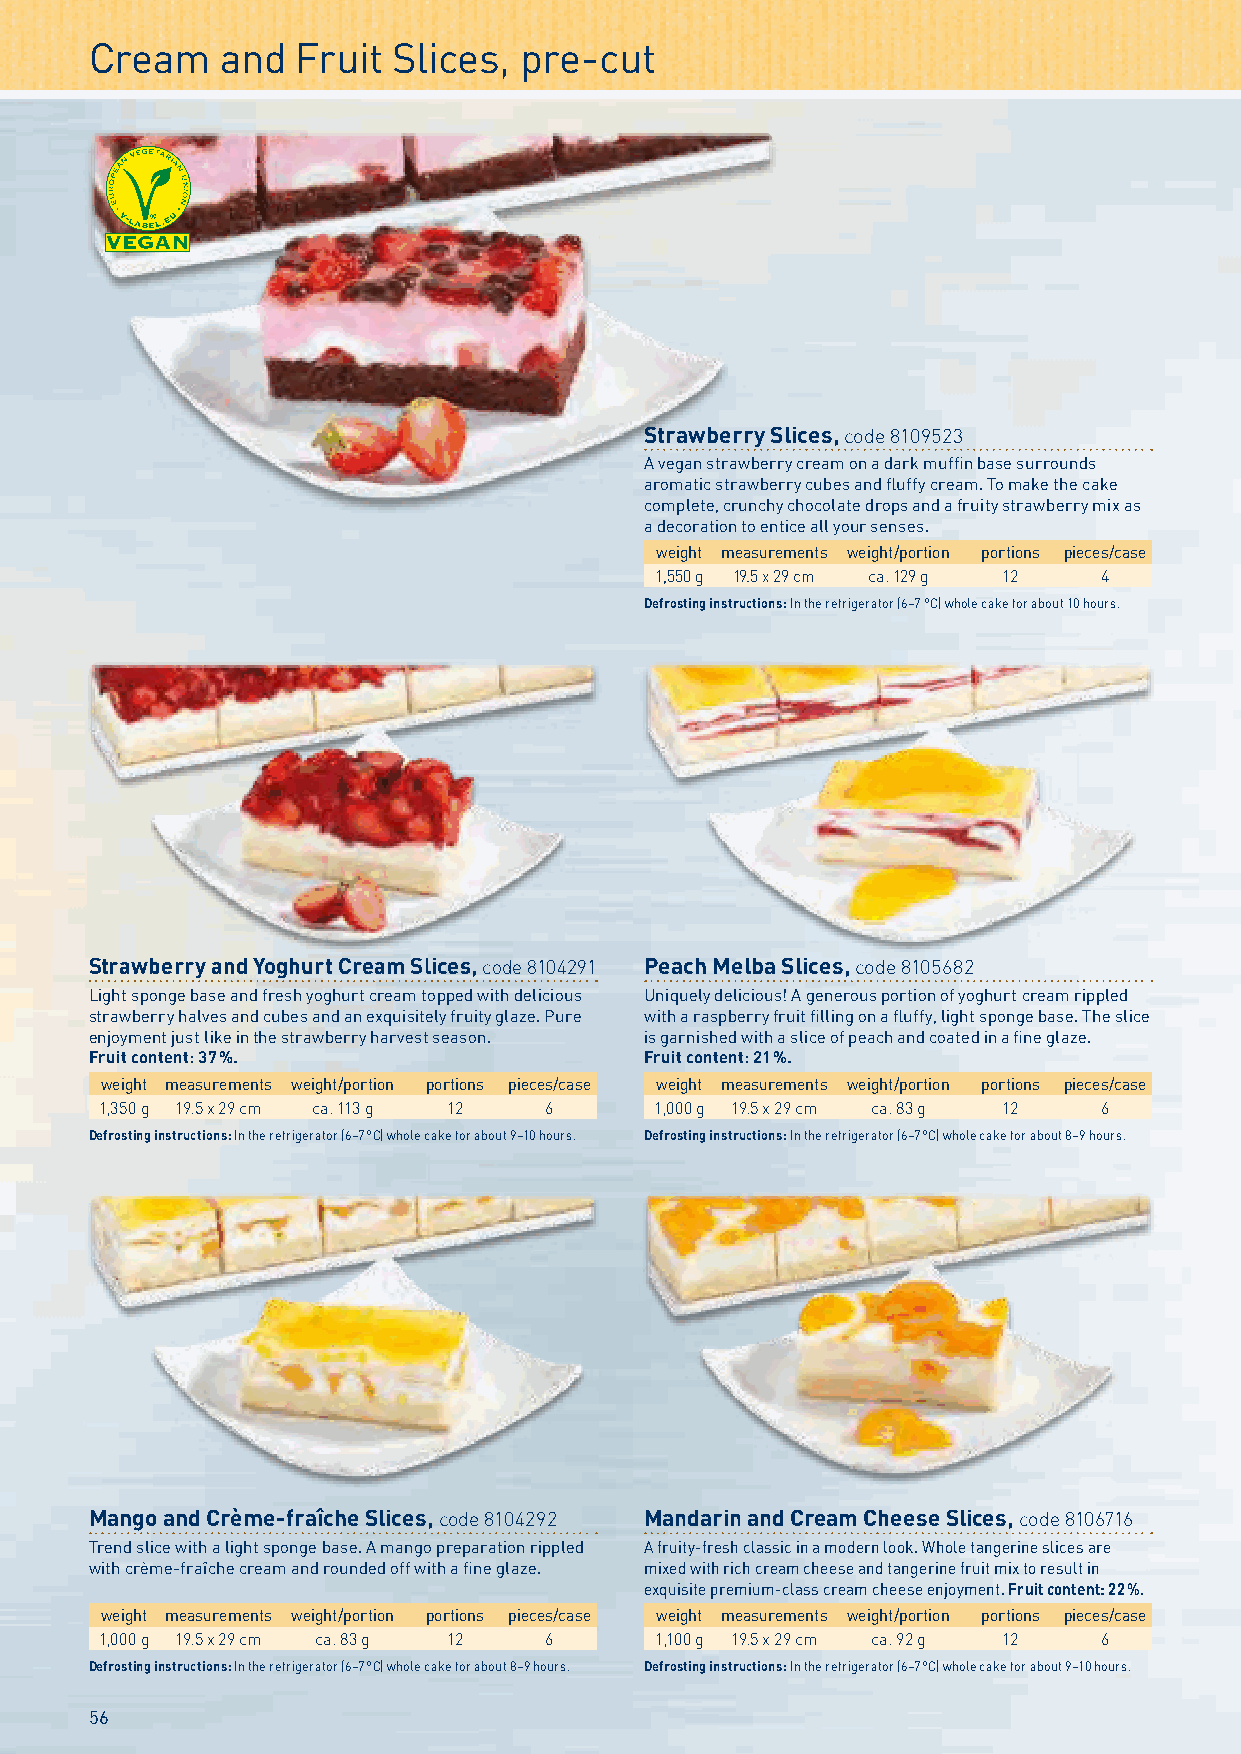
Cream    and  Fruit Slices, pre-cut
 Strawberry Slices, code 8109523
 A vegan strawberry cream on a dark muffin base surrounds
 aromatic strawberry cubes and fluffy cream. To make the cake
 complete, crunchy chocolate drops and a fruity strawberry mix as
 a decoration to entice all your senses.
 weight measurements weight/portion portions pieces/case
 1,550 g 19.5 x 29 cm ca. 129 g 12 4
 Defrosting instructions: In the refrigerator (6–7 °C) whole cake for about 10 hours.
 Strawberry and Yoghurt Cream Slices, code 8104291 Peach Melba Slices, code 8105682
 Light sponge base and fresh yoghurt cream topped with delicious Uniquely delicious! A generous portion of yoghurt cream rippled
 strawberry halves and cubes and an exquisitely fruity glaze. Pure with a raspberry fruit filling on a fluffy, light sponge base. The slice
 enjoyment just like in the strawberry harvest season. is garnished with a slice of peach and coated in a fine glaze.
 Fruit content: 37 %.                 Fruit content: 21 %.
 weight measurements weight/portion portions pieces/case weight measurements weight/portion portions pieces/case
 1,350 g 19.5 x 29 cm ca. 113 g 12 6 1,000 g 19.5 x 29 cm ca. 83 g 12 6
 Defrosting instructions: In the refrigerator (6–7 °C) whole cake for about 9–10 hours. Defrosting instructions: In the refrigerator (6–7 °C) whole cake for about 8–9 hours.
 Mango and Crème-fraîche Slices, code 8104292 Mandarin and Cream Cheese Slices, code 8106716
 Trend slice with a light sponge base. A mango preparation rippled A fruity-fresh classic in a modern look. Whole tangerine slices are
 with crème-fraîche cream and rounded off with a fine glaze. mixed with rich cream cheese and tangerine fruit mix to result in
 exquisite premium-class cream cheese enjoyment. Fruit content: 22 %.
 weight measurements weight/portion portions pieces/case weight measurements weight/portion portions pieces/case
 1,000 g 19.5 x 29 cm ca. 83 g 12 6  1,100 g 19.5 x 29 cm ca. 92 g 12 6
 Defrosting instructions: In the refrigerator (6–7 °C) whole cake for about 8–9 hours. Defrosting instructions: In the refrigerator (6–7 °C) whole cake for about 9–10 hours.
 56